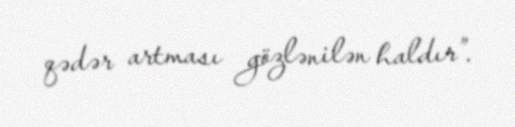
qədər artması gözlənilən haldır”.